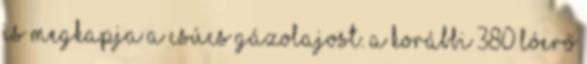
is megkapja a csúcs gázolajost. A korábbi 380 lóerő